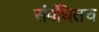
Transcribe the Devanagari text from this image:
संबंधितच